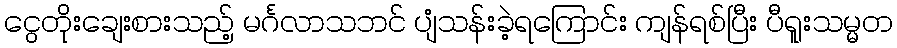
ငွေတိုးချေးစားသည့် မင်္ဂလာသဘင် ပျံသန်းခဲ့ရကြောင်း ကျန်ရစ်ပြီး ပီရူးသမ္မတ